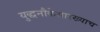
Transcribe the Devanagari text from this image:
युद्धनौकेसारख्याच